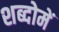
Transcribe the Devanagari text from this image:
शब्दोमें